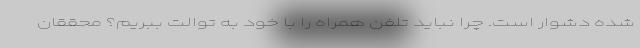
شده دشوار است. چرا نباید تلفن همراه را با خود به توالت ببریم؟ محققان